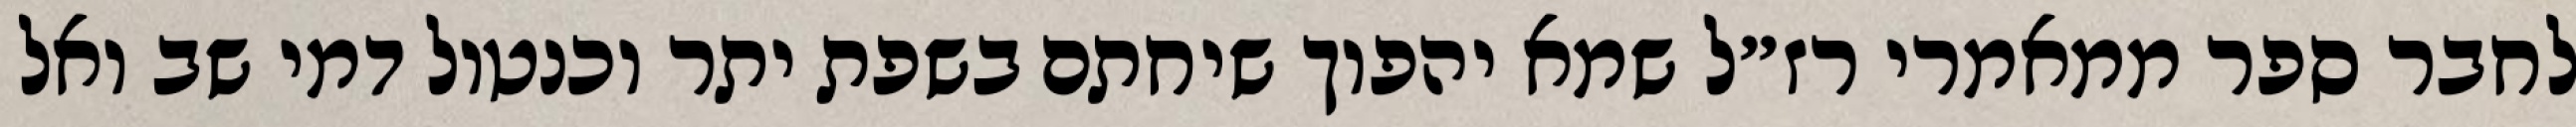
לחבר ספר ממאמרי רז״ל שמא יהפוך שיחתם בשפת יתר וכנטול דמי שב ואל